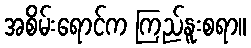
အစိမ်းရောင်က ကြည်နူးစရာ။